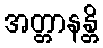
အတ္တာနန္တိ